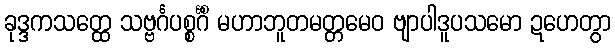
ခုဒ္ဒကသတ္ထေ သဗ္ဗင်္ဂပစ္စင်္ဂိံ မဟာဘူတမတ္တမေဝ ဗျာပါဒူပသမော ဍဟေတွာ